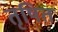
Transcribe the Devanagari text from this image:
तृषित